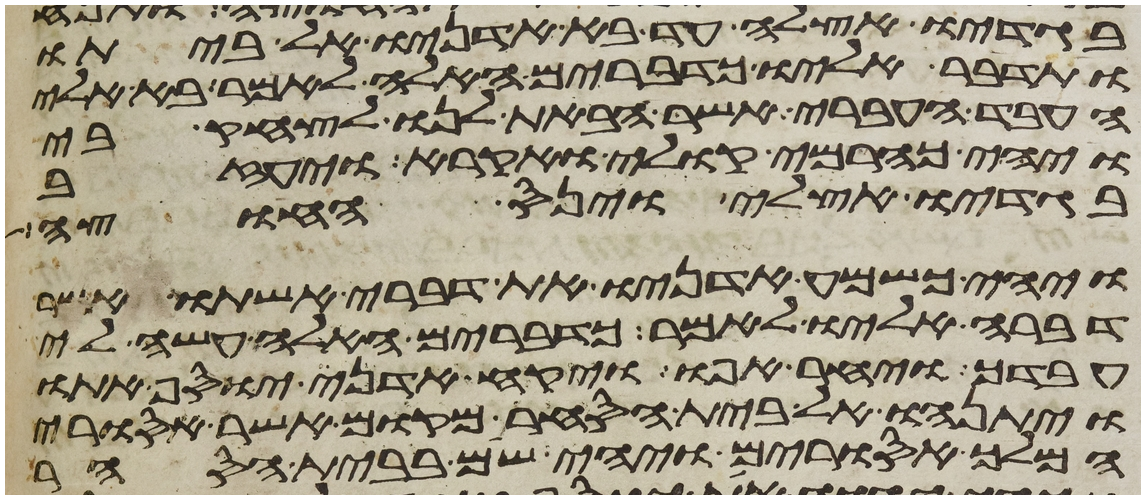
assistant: בגדיו אצלה עד בא אדניו אל ביתו
ותדבר אליו כדברים האלה לאמר בא אלי
העבד העברי אשר הבאת לנו לצחק בי
ויהי כהרמי קולי ואקרא ויעזב
בגדיו אצלי וינס החוצה
ויהי כשמע אדניו את דברי אשתו אשר
דברה אליו לאמר כדברים האלה עשה לי
עבדך ויחר אפו ויקח אדני יוסף אתו
ויתנהו אל בית הסחר מקום אשר אסורי
המלך אסורים ויהי שם בבית הסחר